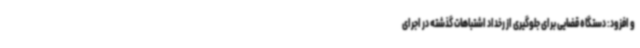
و افزود: دستگاه قضایی برای جلوگیری از رخداد اشتباهات گذشته در اجرای